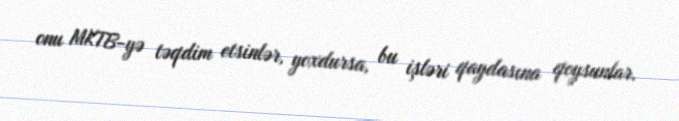
onu MKTB-yə təqdim etsinlər, yoxdursa, bu işləri qaydasına qoysunlar.